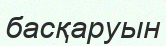
басқаруын